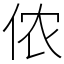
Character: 侬